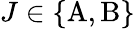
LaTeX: J\in\{ \mathrm{A},\mathrm{B}\}